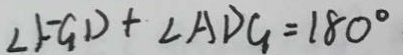
\angle F G D + \angle A D G = 1 8 0 ^ { \circ }